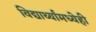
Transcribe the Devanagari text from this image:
विद्यार्थ्यांमध्येही